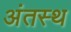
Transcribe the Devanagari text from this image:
अंतस्‍थ